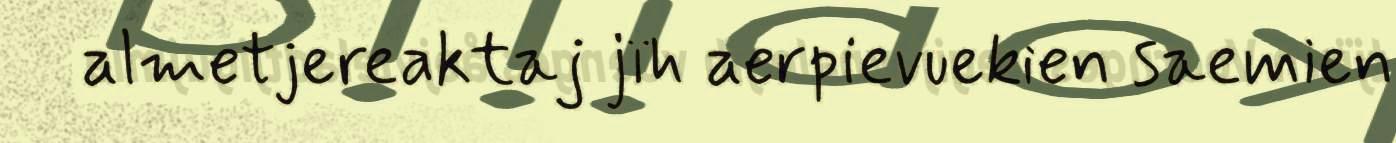
almetjereaktaj jïh aerpievuekien saemien